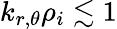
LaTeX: k_{r,\theta}\rho_{i}\lesssim 1